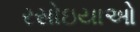
રસોઇયાઓ